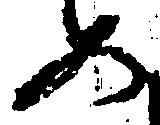
如